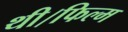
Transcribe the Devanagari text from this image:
थी।फिल्म